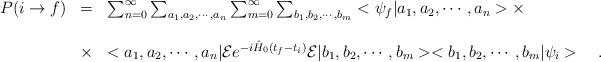
LaTeX: \begin{align*}\begin{array}{c c l}P(i\rightarrow f)&=&\sum_{n=0}^\infty\sum_{a_1,a_2,\cdots,a_n}\sum_{m=0}^\infty\sum_{b_1,b_2,\cdots,b_m}<\psi_f|a_1,a_2,\cdots,a_n>\times \\ \\&\times &<a_1,a_2,\cdots,a_n|{\cal E}e^{-i\hat{H}_0(t_f-t_i)}{\cal E}|b_1,b_2,\cdots,b_m><b_1,b_2,\cdots,b_m|\psi_i>\ \ \ .\end{array}\end{align*}